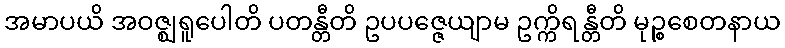
အမာပယိ အဝဇ္ဈရူပေါတိ ပတန္တီတိ ဥပပဇ္ဇေယျာမ ဥက္ကိရန္တီတိ မုဉ္စစေတနာယ